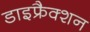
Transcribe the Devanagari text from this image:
डाइफ्रैक्शन